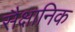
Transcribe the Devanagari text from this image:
सैक्षानिक